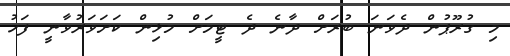
މި ގުރޫޕުން ދެވަނަ ބުރަށް ދާނެ ދެ ޓީމަށް މުޅިން ކަށަވަރުވާނީ ފަހު